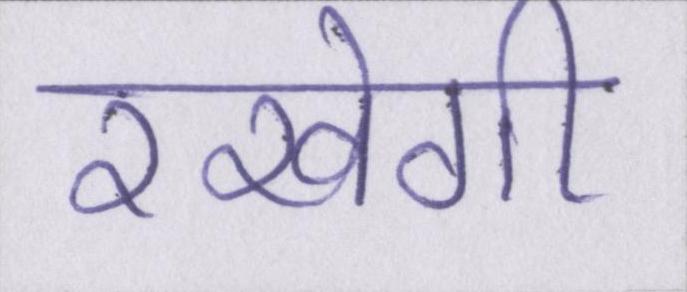
रखेगी